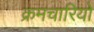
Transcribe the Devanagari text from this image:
क्रमचारियों